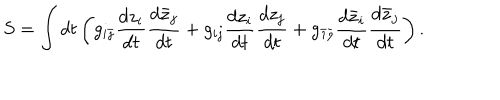
LaTeX: S = \int d t \left( g _ { i \bar { \jmath } } { \frac { d z _ { i } } { d t } } { \frac { d \bar { z } _ { j } } { d t } } + g _ { i j } { \frac { d z _ { i } } { d t } } { \frac { d z _ { j } } { d t } } + g _ { \bar { \imath } \bar { \jmath } } { \frac { d \bar { z } _ { i } } { d t } } { \frac { d \bar { z } _ { j } } { d t } } \right) .